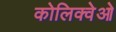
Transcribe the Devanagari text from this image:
कोलिक्वेओ